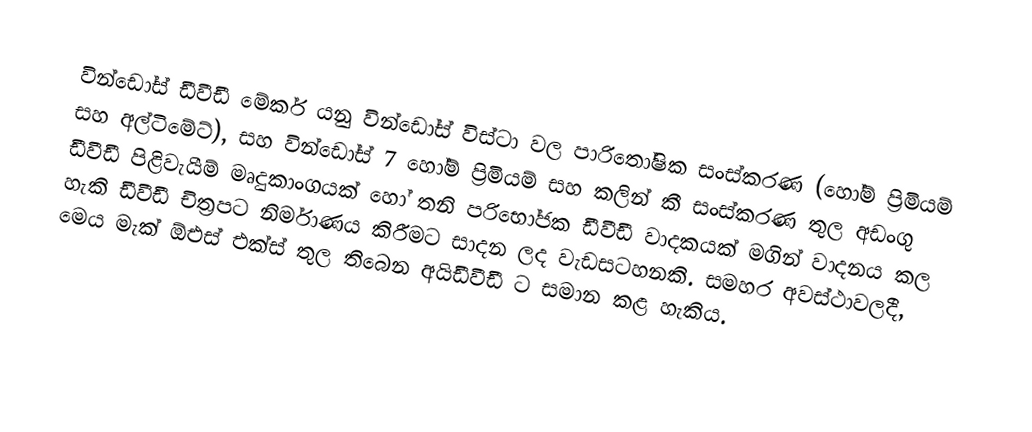
වින්ඩෝස් ඩීවීඩී මේකර් යනු වින්ඩෝස් විස්ටා වල පාරිතෝෂික සංස්කරණ (හෝම් ප්‍රිමියම් සහ අල්ටිමේට්), සහ වින්ඩෝස් 7 හෝම් ප්‍රිමියම් සහ කලින් කී සංස්කරණ තුල අඩංගු ඩීවීඩී පිළිවැයීම් මෘදුකාංගයක් හෝ තනි පරිභෝජක ඩීවීඩී වාදකයක් මගින් වාදනය කල හැකි ඩීවීඩී චිත්‍රපට නිර්මාණය කිරීමට සාදන ලද වැඩසටහනකි. සමහර අවස්ථාවලදී, මෙය මැක් ඕඑස් එක්ස් තුල තිබෙන අයිඩීවීඩී ට සමාන කළ හැකිය.